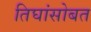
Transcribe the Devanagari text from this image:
तिघांसोबत